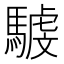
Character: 𩤾